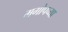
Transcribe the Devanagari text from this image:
मगोपच्या